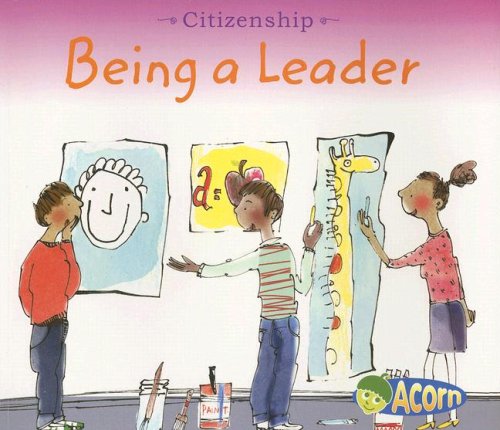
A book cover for Being a Leader (Citizenship); Cassie Mayer; Children's Books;